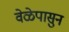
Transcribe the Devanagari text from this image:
वेळेपासुन